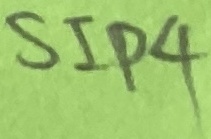
Text: SIP4